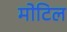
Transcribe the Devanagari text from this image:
मोटिल